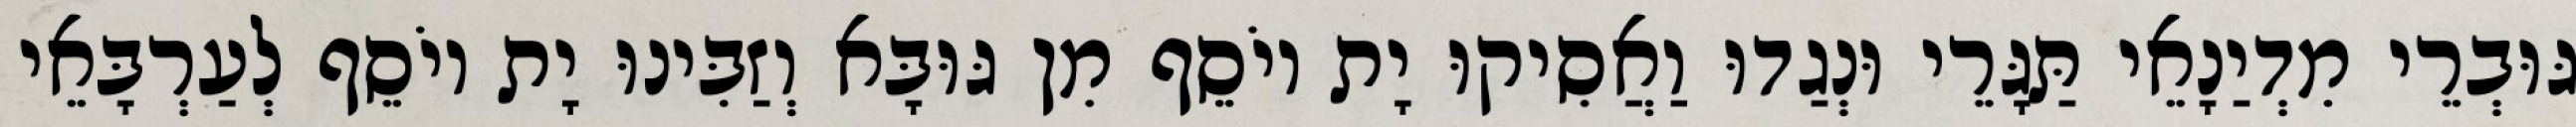
גּוּבְרֵי מִדְיַנָאֵי תַּגָּרֵי וּנְגַדוּ וַאֲסִיקוּ יָת יוֹסֵף מִן גּוּבָּא וְזַבִּינוּ יָת יוֹסֵף לְעַרְבָּאֵי